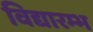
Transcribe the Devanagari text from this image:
विद्यारम्भ